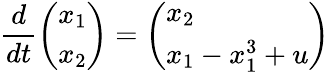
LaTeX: \frac{d}{dt}\left(\begin{array}{l}{x_{1}}\\ {x_{2}}\end{array}\right)=\left(\begin{array}{l}{x_{2}}\\ {x_{1}-x_{1}^{3}+u}\end{array}\right)